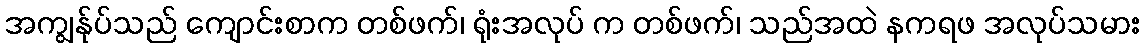
အကျွန်ုပ်သည် ကျောင်းစာက တစ်ဖက်၊ ရုံးအလုပ် က တစ်ဖက်၊ သည်အထဲ နကရဖ အလုပ်သမား